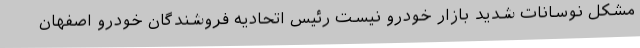
مشکل نوسانات شدید بازار خودرو نیست رئیس اتحادیه فروشندگان خودرو اصفهان